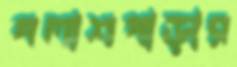
পলাশপাড়ার